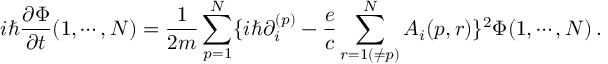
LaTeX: i \hbar { \frac { \partial \Phi } { \partial t } } ( 1 , \cdots , N ) = { \frac { 1 } { 2 m } } \sum _ { p = 1 } ^ { N } \{ i \hbar \partial _ { i } ^ { ( p ) } - { \frac { e } { c } } \sum _ { r = 1 ( \ne p ) } ^ { N } { \cal A } _ { i } ( p , r ) \} ^ { 2 } \Phi ( 1 , \cdots , N ) \, .